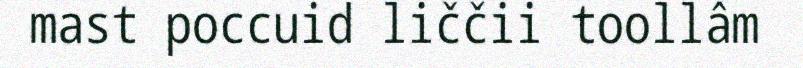
mast poccuid liččii toollâm